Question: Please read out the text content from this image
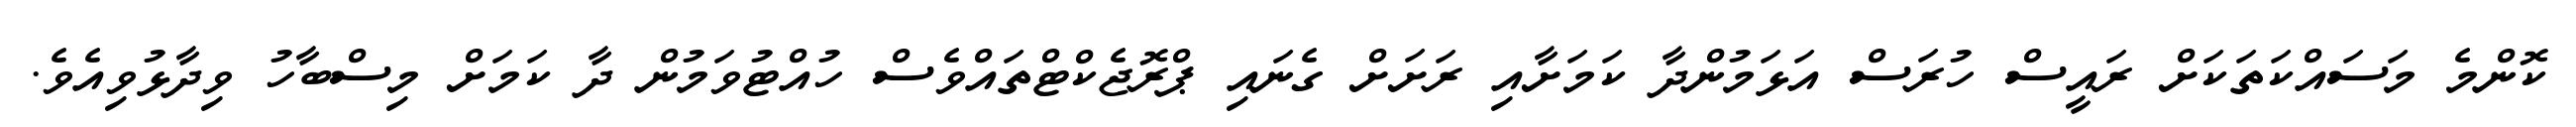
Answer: ކޮންމެ މަސައްކަތަކަށް ރައީސް ހުރަސް އަޅަމުންދާ ކަމަށާއި ރަށަށް ގެނައި ޕްރޮޖެކްޓްތައްވެސް ހުއްޓުވަމުން ދާ ކަމަށް މިސްބާހު ވިދާޅުވިއެވެ.